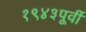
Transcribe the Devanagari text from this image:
१९४३पूर्वी